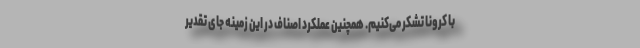
با کرونا تشکر می‌کنیم. همچنین عملکرد اصناف در این زمینه جای تقدیر